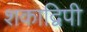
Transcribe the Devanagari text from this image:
शकाद्विपी